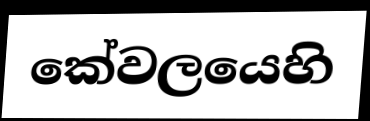
කේවලයෙහි